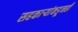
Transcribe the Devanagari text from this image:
सहकार्‍यांकडूनही